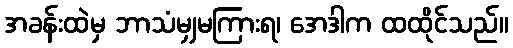
အခန်းထဲမှ ဘာသံမျှမကြားရ၊ အေဒါက ထထိုင်သည်။